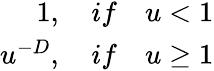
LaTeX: \begin{array}{r}{1,\quad if\quad u<1}\\ {u^{-D},\quad if\quad u\geq 1}\end{array}